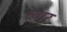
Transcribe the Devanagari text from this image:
त्यार